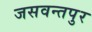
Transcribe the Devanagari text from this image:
जसवन्तपुर